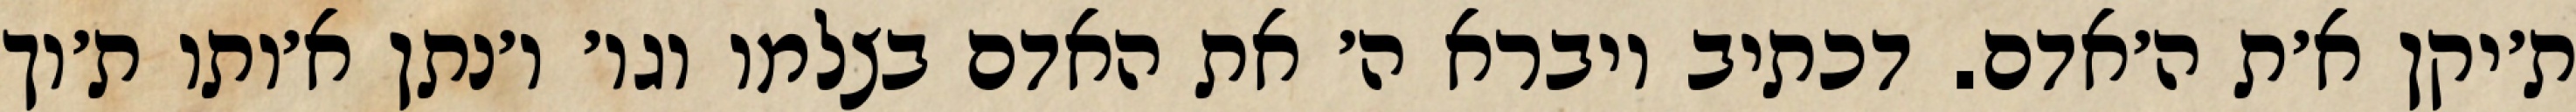
ת׳יקן א׳ת ה׳אדם. דכתיב ויברא ה׳ את האדם בצלמו וגו׳ ו׳נתן א׳ותו ת׳וך